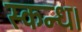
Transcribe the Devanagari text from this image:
स्कन्ध।